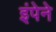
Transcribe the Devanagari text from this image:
इंपेने